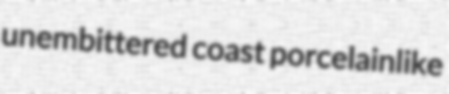
unembittered coast porcelainlike